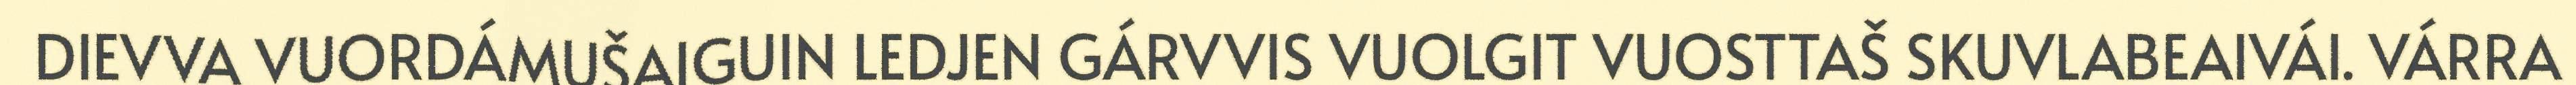
DIEVVA VUORDÁMUŠAIGUIN LEDJEN GÁRVVIS VUOLGIT VUOSTTAŠ SKUVLABEAIVÁI. VÁRRA